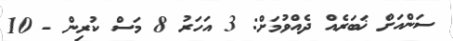
ސަންއަށް ޚަބަރެއް ދެއްވުމަށް: 3 އަހަރު 8 މަސް ކުރިން - 10